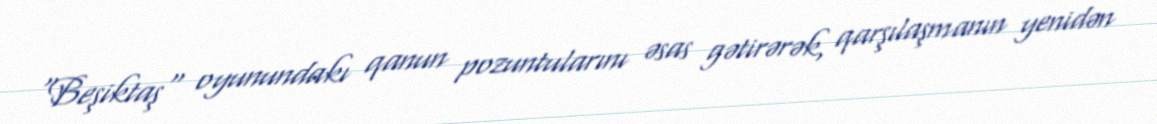
"Beşiktaş" oyunundakı qanun pozuntularını əsas gətirərək, qarşılaşmanın yenidən